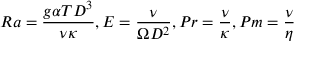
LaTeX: R a = { \frac { g \alpha T D ^ { 3 } } { \nu \kappa } } , E = { \frac { \nu } { \Omega D ^ { 2 } } } , P r = { \frac { \nu } { \kappa } } , P m = { \frac { \nu } { \eta } }